Vaccination in Bombay 1902-1912 - 1902-1912
Year: 1902
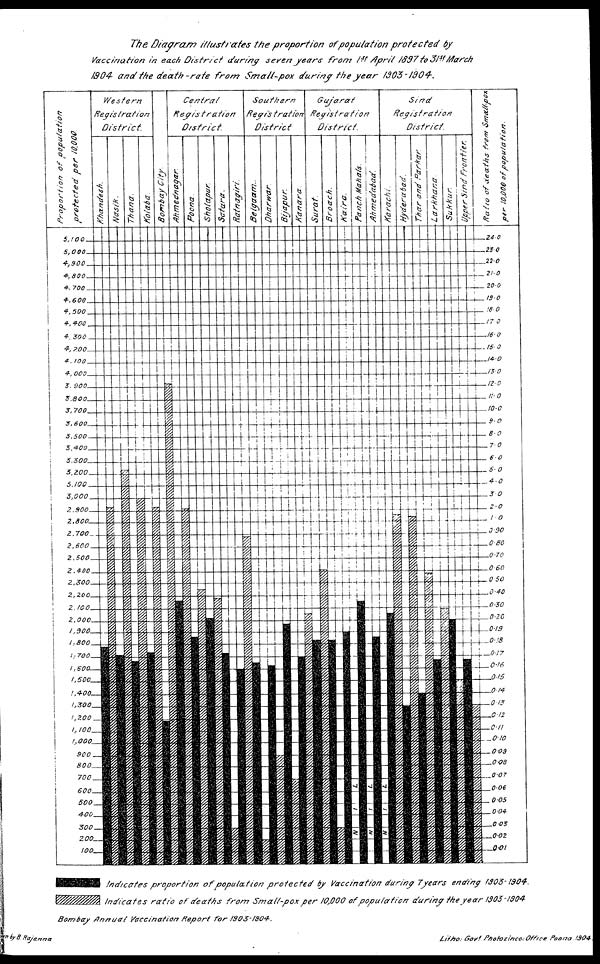
The Diagram illustrates the proportion of population protected by
Vaccination in each District during seven years from 1st April 1897 to 31st March
1904 and the death-rate
from Small-pox during the year
1903-1904.